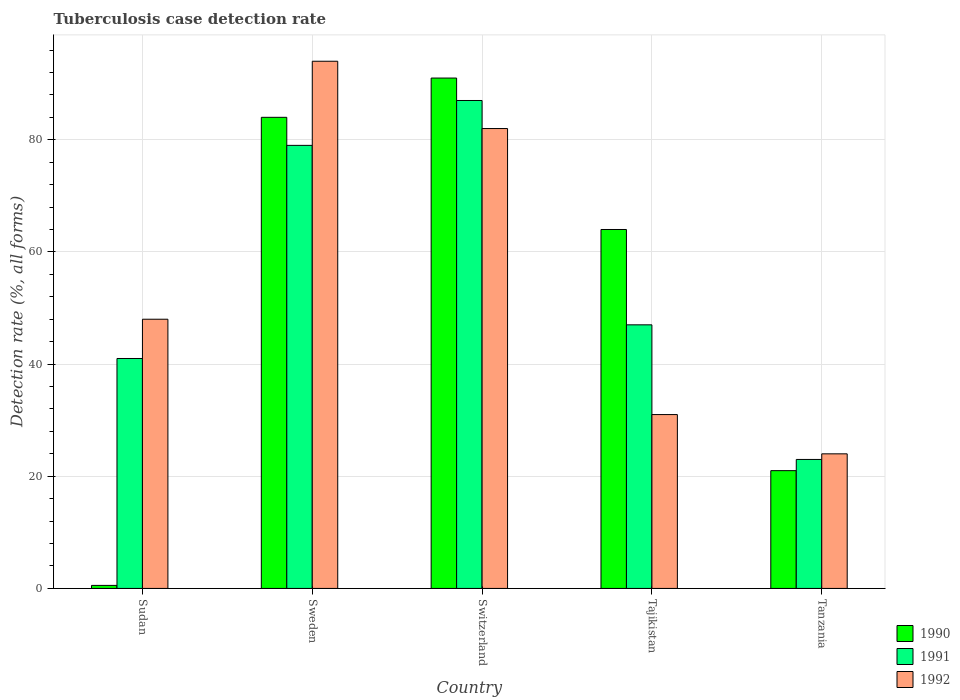
| Country | 1990 | 1991 | 1992 |
 | --- | --- | --- | --- |
 | Sudan | 0.54 | 41 | 48 |
 | Sweden | 84 | 79 | 94 |
 | Switzerland | 91 | 87 | 82 |
 | Tajikistan | 64 | 47 | 31 |
 | Tanzania | 21 | 23 | 24 |